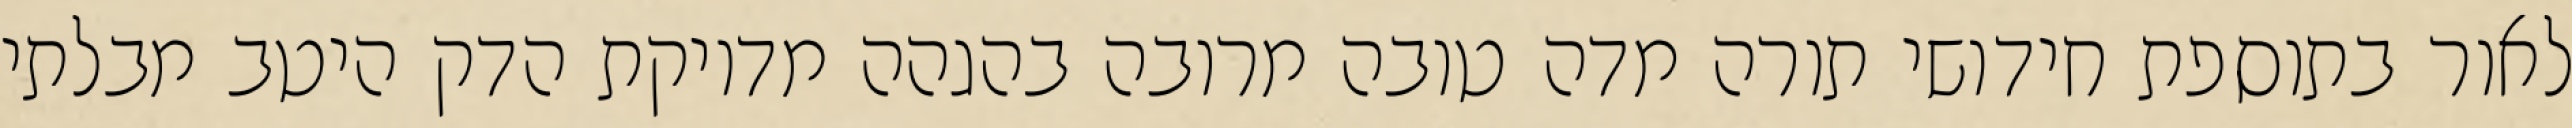
לאור בתוספת חידושי תורה מדה טובה מרובה בהגהה מדויקת הדק היטב מבלתי